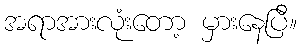
အရာအားလုံးတော့ မှားနေပြီ။